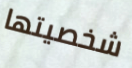
شخصيتها